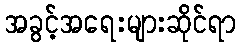
အခွင့်အရေးများဆိုင်ရာ